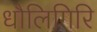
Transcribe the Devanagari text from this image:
धौलिगिरि